Mental hospitals Bombay report 1921-28 - 1921-1928
Year: 1921
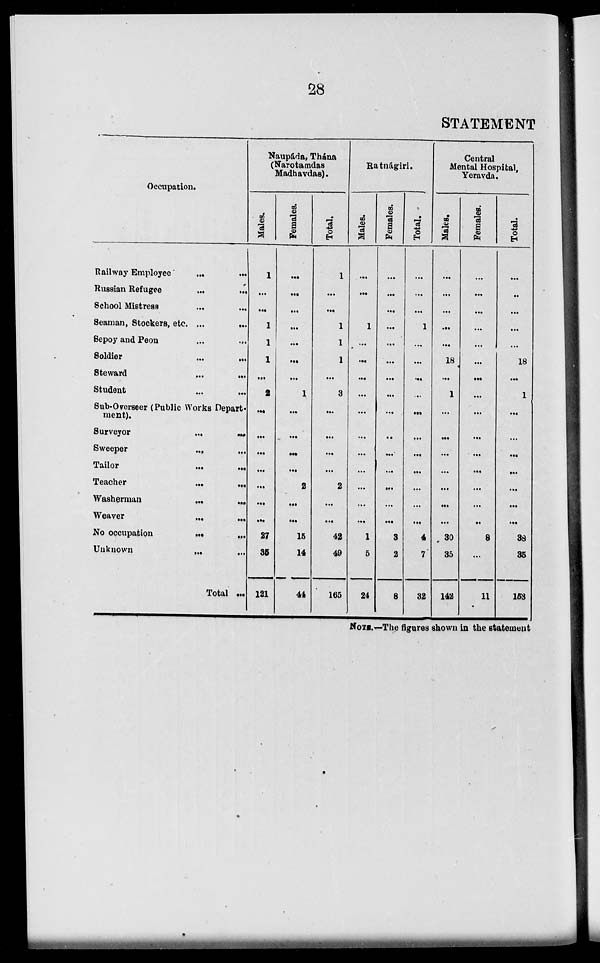
28
STATEMENT
Occupation.
Railway Employee ... ...
Russian Refugee
...
...
School Mistress
...
...
Seaman, Stockers, etc. ...
...
Sepoy and Peon ... ...
Soldier ... ...
Steward
...
...
Student ... ...
Sub-Overseer (Public Works Depart¬
ment).
Surveyor ... ...
Sweeper
...
...
Tailor
...
...
Teacher
...
...
Washerman
...
...
Weaver ... ...
No occupation ... ...
Unknown
...
...
Total ...
Naupáda, Thána
(Narotamdas
Madhavdas).
Males.
1
...
...
1
1
1
...
2
...
...
...
...
...
...
...
27
35
121
Females.
...
...
...
...
...
...
...
1
...
...
...
...
2
...
...
15
14
44
Total,
1
...
...
1
1
1
...
3
...
...
...
...
2
...
...
42
49
165
Ratnágiri.
Males.
...
...
1
...
...
...
...
...
...
...
...
...
...
...
1
5
24
Females.
...
...
...
...
....
...
...
...
...
..
...
...
...
...
...
3
2
8
Total.
...
...
...
1
...
...
...
...
...
...
...
...
...
...
...
4
7
32
Central
Mental Hospital,
Yeravda.
Males.
...
...
...
...
...
18
...
1
...
...
...
...
...
...
...
30
35
142
Females.
...
...
...
...
...
...
...
...
...
...
...
...
...
...
8
...
11
Total.
...
..
...
...
...
18
...
1
...
...
...
...
...
...
...
38
35
153
NOTE.—The figures shown in the statement